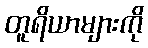
တူရိယာများကို